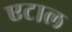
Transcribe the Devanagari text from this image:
एटाल